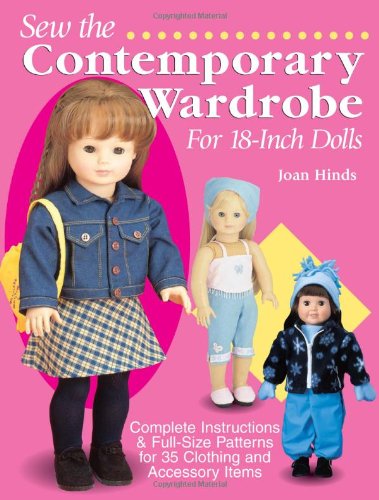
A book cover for Sew the Contemporary Wardrobe for 18-Inch Dolls: Complete Instructions & Full-Size Patterns for 35 Clothing and Accessory Items; Joan Hinds; Crafts, Hobbies & Home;